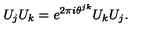
U _ { j } U _ { k } = e ^ { 2 \pi i \theta ^ { j k } } U _ { k } U _ { j } .